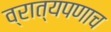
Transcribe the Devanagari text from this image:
व्रात्यपणाच